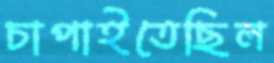
চাপাইতেছিল